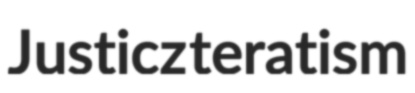
Justicz teratism